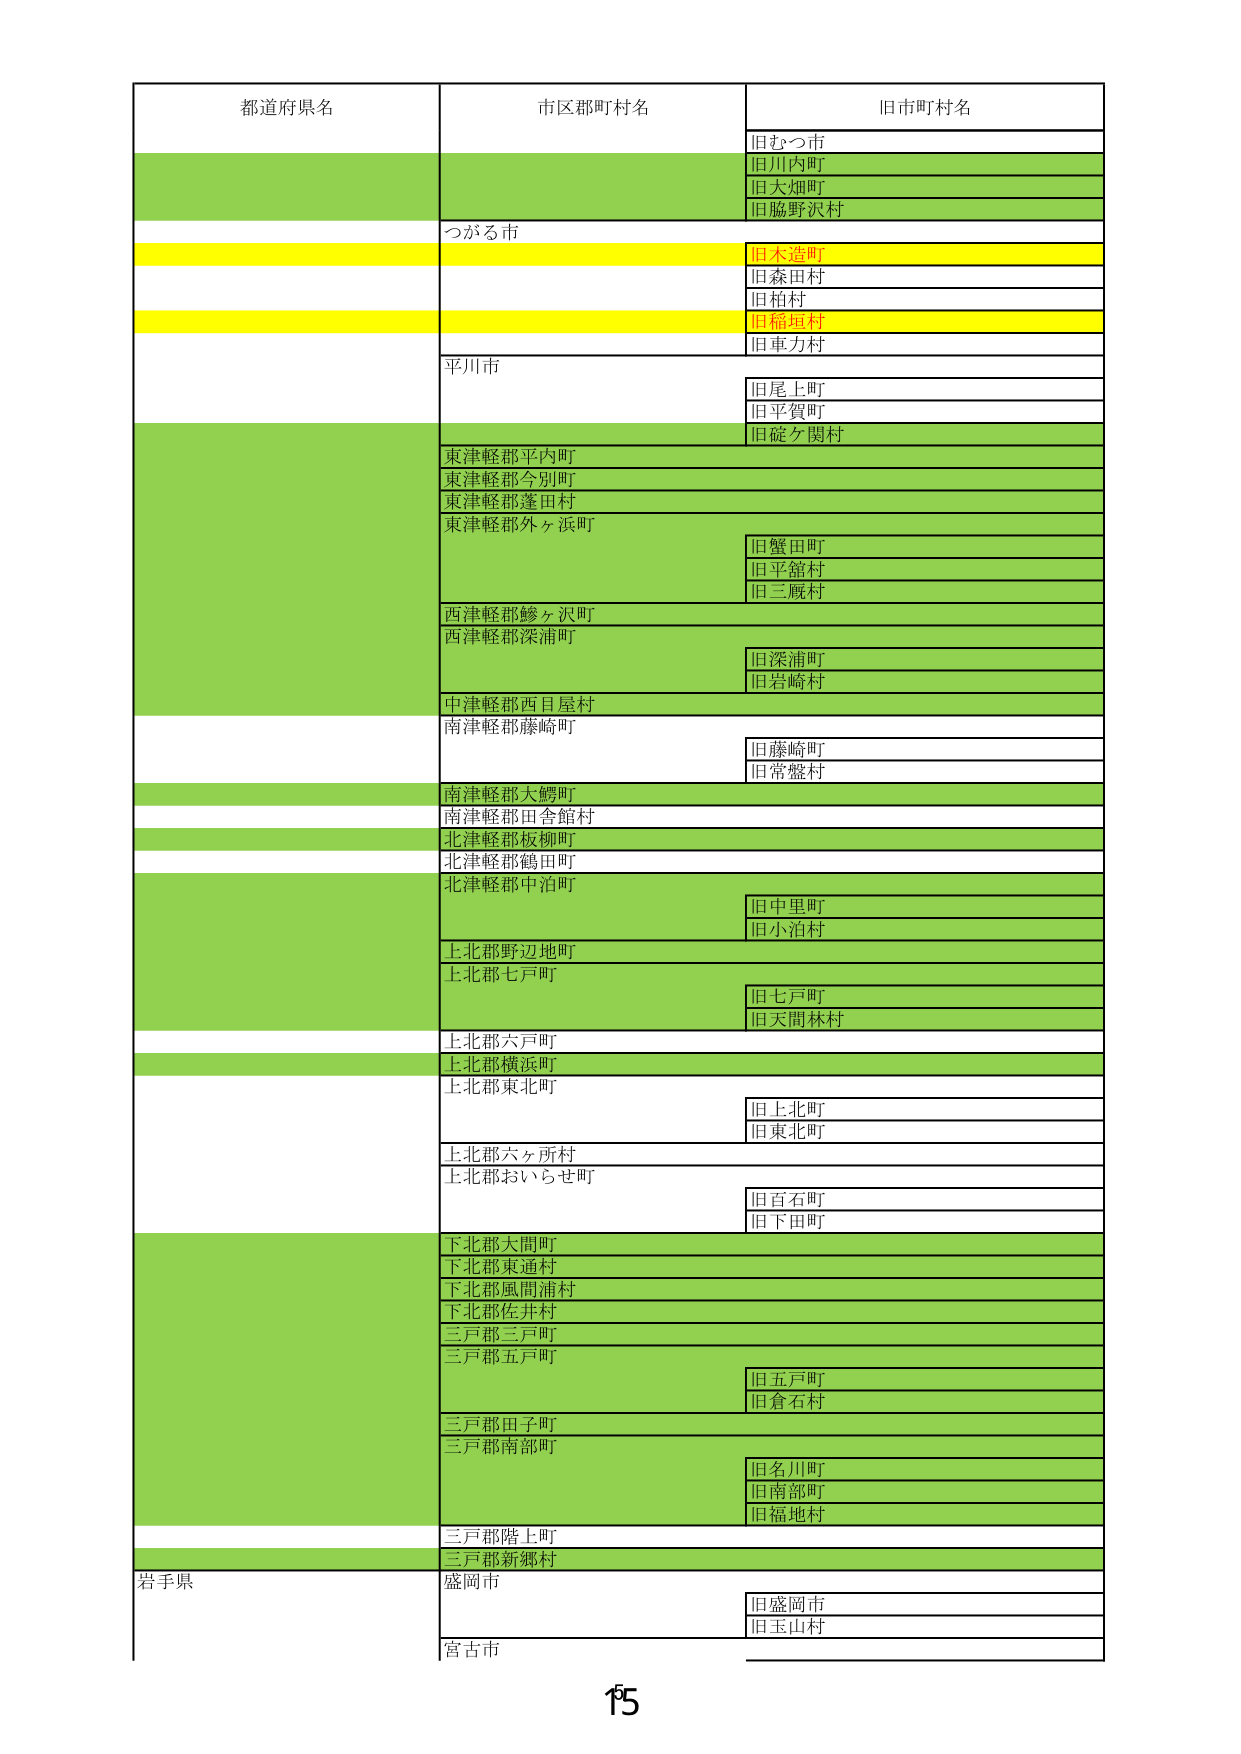
都道府県名
市区郡町村名
旧市町村名
旧むつ市
旧川内町
旧大畑町
旧脇野沢村
つがる市
旧木造町
旧森田村
旧柏村
旧稲垣村
旧車力村
平川市
旧尾上町
旧平賀町
旧碇ヶ関村
東津軽郡平内町
東津軽郡今別町
東津軽郡蓬田村
東津軽郡外ヶ浜町
旧蟹田町
旧平舘村
旧三厩村
西津軽郡鰺ヶ沢町
西津軽郡深浦町
旧深浦町
旧岩崎村
中津軽郡西目屋村
南津軽郡藤崎町
旧藤崎町
旧常盤村
南津軽郡大鰐町
南津軽郡田舎館村
北津軽郡板柳町
北津軽郡鶴田町
北津軽郡中泊町
旧中里町
旧小泊村
上北郡野辺地町
上北郡七戸町
旧七戸町
旧天間林村
上北郡六戸町
上北郡横浜町
上北郡東北町
旧上北町
旧東北町
上北郡六ヶ所村
上北郡おいらせ町
旧百石町
旧下田町
下北郡大間町
下北郡東通村
下北郡風間浦村
下北郡佐井村
三戸郡三戸町
三戸郡五戸町
旧五戸町
旧倉石村
三戸郡田子町
三戸郡南部町
旧名川町
旧南部町
旧福地村
三戸郡階上町
三戸郡新郷村
岩手県
盛岡市
旧盛岡市
旧玉山村
宮古市
15